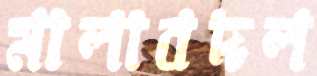
মালাবদল